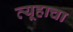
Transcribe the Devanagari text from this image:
व्यूहाचा